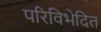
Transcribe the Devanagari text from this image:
परिविभेदित